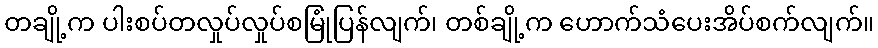
တချို့က ပါးစပ်တလှုပ်လှုပ်စမြုံပြန်လျက်၊ တစ်ချို့က ဟောက်သံပေးအိပ်စက်လျက်။